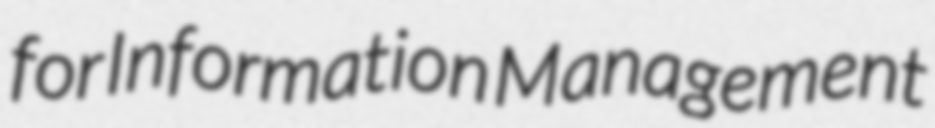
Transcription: for Information Management